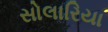
સોલારિયા